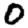
Digit: 0